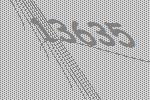
13635